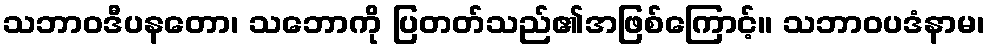
သဘာဝဒီပနတော၊ သဘောကို ပြတတ်သည်၏အဖြစ်ကြောင့်။ သဘာဝပဒံနာမ၊